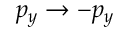
p _ { y } \to - p _ { y }